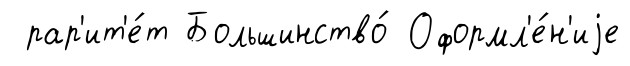
рар'ит'е́т Большинство́ Оформл'е́н'иjе